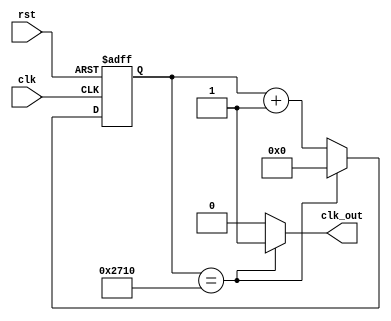
module counter(
    input clk,
    input rst,
    output clk_out
    );
    parameter period = 14'd10000;
    reg [13:0] cnt_1;
    wire bool;
    assign bool = (cnt_1 == period);
    always @ (posedge clk or posedge rst) 
        if(rst)
            cnt_1 <= period;
        else if(bool)
            cnt_1 <= 14'd0;
        else cnt_1 <= cnt_1 + 1'b1;
        
    assign clk_out = (bool ? 1'b1 : 1'b0);
endmodule